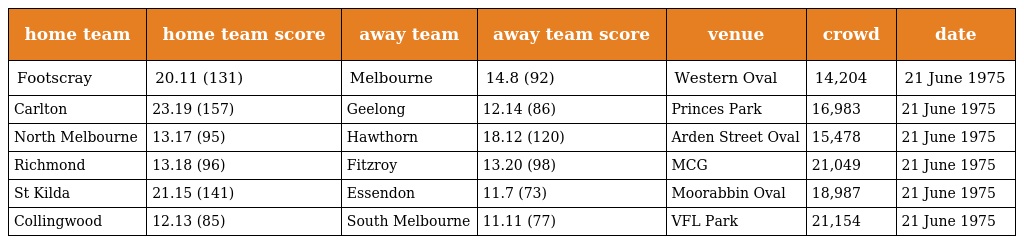
| home team | home team score | away team | away team score | venue | crowd | date |
 | --- | --- | --- | --- | --- | --- | --- |
 | Footscray | 20.11 (131) | Melbourne | 14.8 (92) | Western Oval | 14,204 | 21 June 1975 |
 | Carlton | 23.19 (157) | Geelong | 12.14 (86) | Princes Park | 16,983 | 21 June 1975 |
 | North Melbourne | 13.17 (95) | Hawthorn | 18.12 (120) | Arden Street Oval | 15,478 | 21 June 1975 |
 | Richmond | 13.18 (96) | Fitzroy | 13.20 (98) | MCG | 21,049 | 21 June 1975 |
 | St Kilda | 21.15 (141) | Essendon | 11.7 (73) | Moorabbin Oval | 18,987 | 21 June 1975 |
 | Collingwood | 12.13 (85) | South Melbourne | 11.11 (77) | VFL Park | 21,154 | 21 June 1975 |